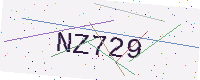
Text: NZ729